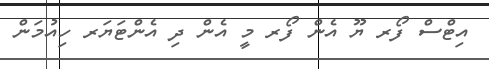
އިޓްސް ފޯރ ޔޫ އެން ފޯރ މީ އެން ދި އެންޓަޔަރ ހިއުމަން